Scottish Certificate of Education, 1963
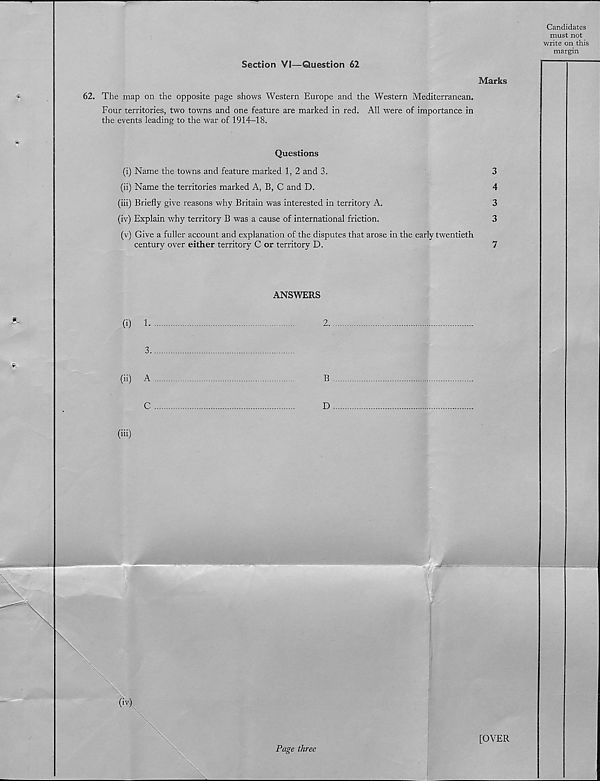
Section VI—Question 62
Marks
62. The map on the opposite page shows Western Europe and the Western Mediterranean.
Four territories, two towns and one feature are marked in red. All were of importance in
the events leading to the war of 1914-18.
Questions
(i) Name the towns and feature marked 1, 2 and 3.
3
(ii) Name the territories marked A, B, C and D.
4
(iii) Briefly give reasons why Britain was interested in territory A.
3
(iv) Explain why territory B was a cause of international friction.
3
(v) Give a fuller account and explanation of the disputes that arose in the early twentieth
century over either territory C or territory D.
7
ANSWERS
(i) 1
2.
3
(ii) A
B
C
D
(iii)
[OVER
Candidates
must not
write on this
margin
Page three